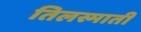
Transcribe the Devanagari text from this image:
तिलस्माती